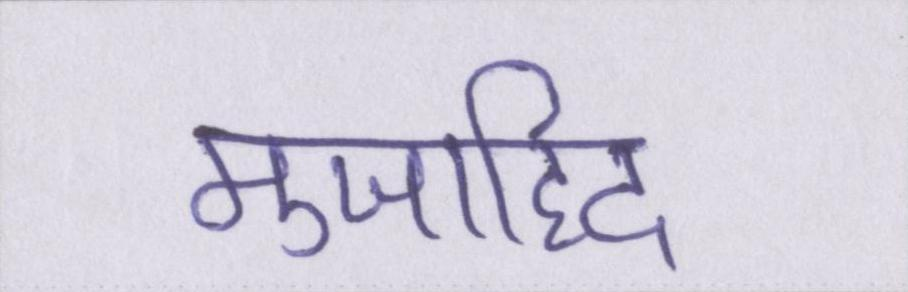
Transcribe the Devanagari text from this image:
मुजाहिद